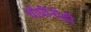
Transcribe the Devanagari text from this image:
चौघींनीही